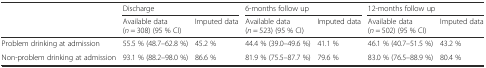
<table><thead><tr><td></td><td colspan="2"><b>Discharge</b></td><td colspan="2"><b>6-months follow up</b></td><td colspan="2"><b>12-months follow up</b></td></tr><tr><td></td><td><b>Available data(<i>n</i> = 308) (95 % CI)</b></td><td><b>Imputed data</b></td><td><b>Available data(<i>n</i> = 523) (95 % CI)</b></td><td><b>Imputed data</b></td><td><b>Available data(<i>n</i> = 502) (95 % CI)</b></td><td><b>Imputed data</b></td></tr></thead><tbody><tr><td>Problem drinking at admission</td><td>55.5 % (48.7–62.8 %)</td><td>45.2 %</td><td>44.4 % (39.0–49.6 %)</td><td>41.1 %</td><td>46.1 % (40.7–51.5 %)</td><td>43.2 %</td></tr><tr><td>Non-problem drinking at admission</td><td>93.1 % (88.2–98.0 %)</td><td>86.6 %</td><td>81.9 % (75.5–87.7 %)</td><td>79.6 %</td><td>83.0 % (76.5–88.9 %)</td><td>80.4 %</td></tr></tbody></table>